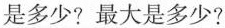
是多少?最大是多少?